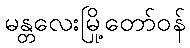
မန္တလေးမြို့တော်ဝန်